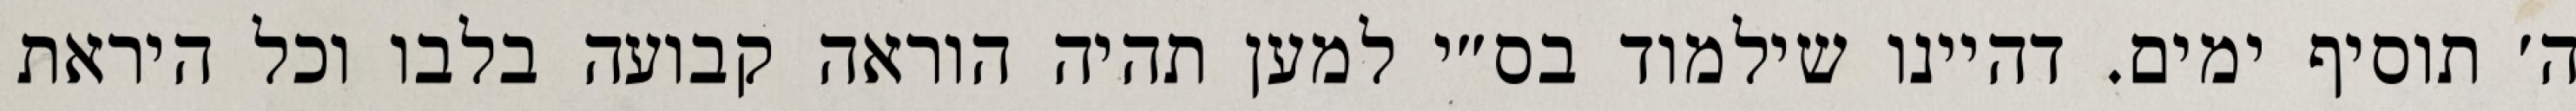
ה׳ תוסיף ימים. דהיינו שילמוד בס״י למען תהיה הוראה קבועה בלבו וכל היראת